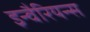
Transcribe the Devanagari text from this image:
इन्वैरियन्स